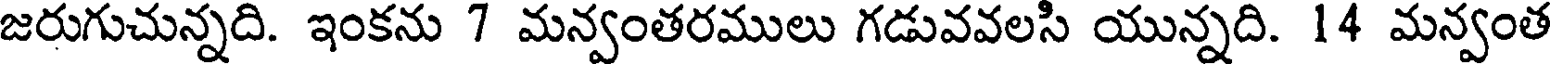
జరుగుచున్నది. ఇంకను 7 మన్వంతరములు గడువవలసి యున్నది. 14 మన్వంత